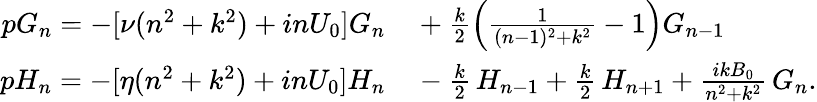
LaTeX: \begin{array}{rl}{pG_{n}=-[\nu(n^{2}+k^{2})+inU_{0}]G_{n}}&{{}+\frac{k}{2}\left(\frac{1}{(n-1)^{2}+k^{2}}-1\right)G_{n-1}}\\ {pH_{n}=-[\eta(n^{2}+k^{2})+inU_{0}]H_{n}}&{{}-\frac{k}{2}\, H_{n-1}+\frac{k}{2}\, H_{n+1}+\frac{ikB_{0}}{n^{2}+k^{2}}\, G_{n}.}\end{array}